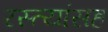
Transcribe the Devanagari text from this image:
रस्त्यांसह